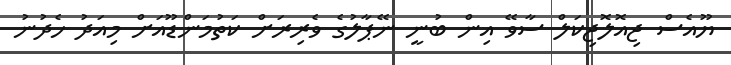
ޔޫއެސް ޖިއޮލޮޖިކަލް ސާވޭ އިން ބުނީ ނޭޕާލުގެ ވެރިރަށް ކަތުމަންޑޫއަށް މިއަދު ހެދުނު